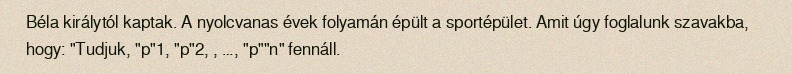
Béla királytól kaptak. A nyolcvanas évek folyamán épült a sportépület. Amit úgy foglalunk szavakba, hogy: "Tudjuk, "p"1, "p"2, , …, "p""n" fennáll.